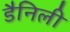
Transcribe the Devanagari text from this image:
डैनिली